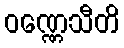
ဝဏ္ဏေသီတိ